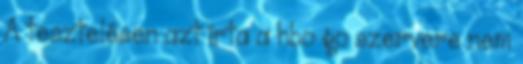
A tesztelésen azt írta a hbo go szervere nem